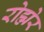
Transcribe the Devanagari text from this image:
रोह्मेर